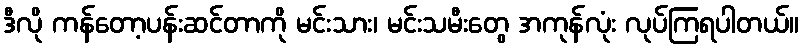
ဒီလို ကန်တော့ပန်းဆင်တာကို မင်းသား၊ မင်းသမီးတွေ အကုန်လုံး လုပ်ကြရပါတယ်။